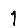
Digit: 1